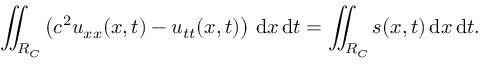
\iint _ { R _ { C } } \left( c ^ { 2 } u _ { x x } ( x , t ) - u _ { t t } ( x , t ) \right) \, \mathrm { d } x \, \mathrm { d } t = \iint _ { R _ { C } } s ( x , t ) \, \mathrm { d } x \, \mathrm { d } t .